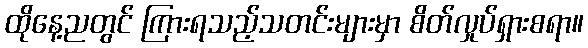
ထိုနေ့ညတွင် ကြားရသည့်သတင်းများမှာ စိတ်လှုပ်ရှားစရာ။